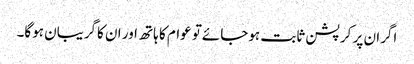
اگران پر کرپشن ثابت ہوجائےتو عوام کا ہاتھ اور ان کاگریبان ہوگا۔